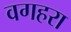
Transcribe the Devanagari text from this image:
वगहरा